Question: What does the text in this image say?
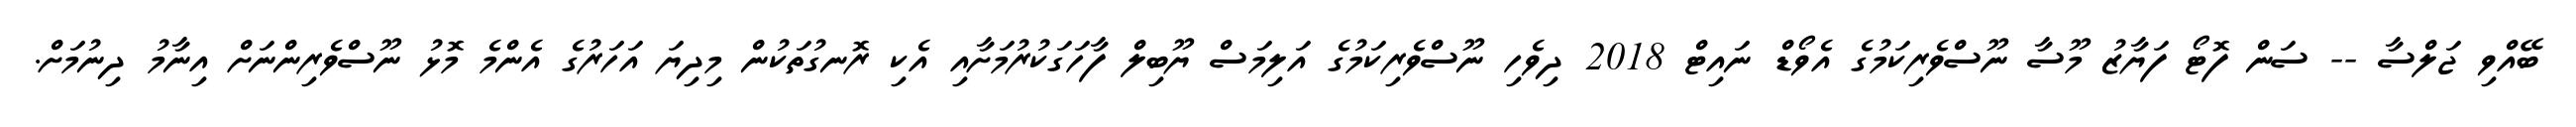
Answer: ބޭއްވި ޖަލްސާ -- ސަން ފޮޓޯ ފަޔާޒު މޫސާ ނޫސްވެރިކަމުގެ އެވޯޑް ނައިޓް 2018 ދިވެހި ނޫސްވެރިކަމުގެ އަލިމަސް ޔޫބިލް ފާހަގަކުރުމަށާއި އެކި ރޮނގުތަކުން މިދިޔަ އަހަރުގެ އެންމެ މޮޅު ނޫސްވެރިންނަށް އިނާމު ދިނުމަށް.